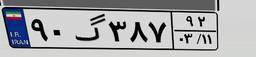
۱۵گ۰۸۶۷۳